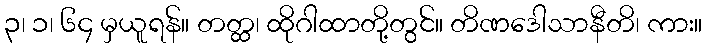
၃၊ ၁၊ ၆၄ မှယူရန်။ တတ္ထ၊ ထိုဂါထာတို့တွင်။ တိဏဒေါသာနီတိ၊ ကား။